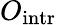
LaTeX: O_{\mathrm{{intr}}}